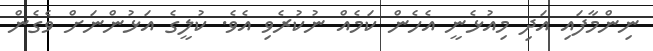
ނިންމާފައި އަދި މިއުޅެނީ އެހެން ކަމެއް ނުކުރެވި އެވެ. ކުލީގެ އަޅުންނަށް ވެގެން